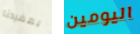
بمفردنا اليومين